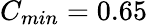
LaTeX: C_{min}=0.65